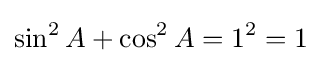
\sin ^{2}A+\cos ^{2}A=1^{2}=1\